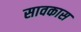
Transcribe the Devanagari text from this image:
सावकास